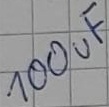
Text: 100uF